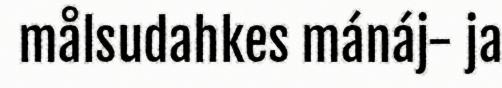
målsudahkes mánáj- ja